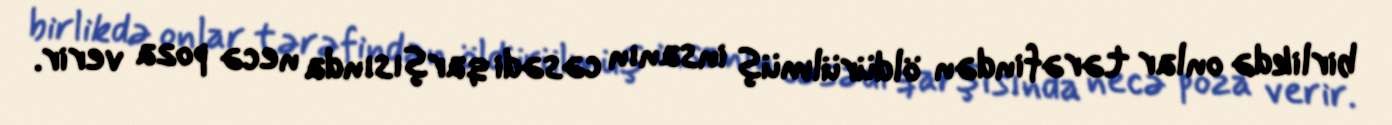
birlikdə onlar tərəfindən öldürülmüş insanın cəsədi qarşısında necə poza verir.